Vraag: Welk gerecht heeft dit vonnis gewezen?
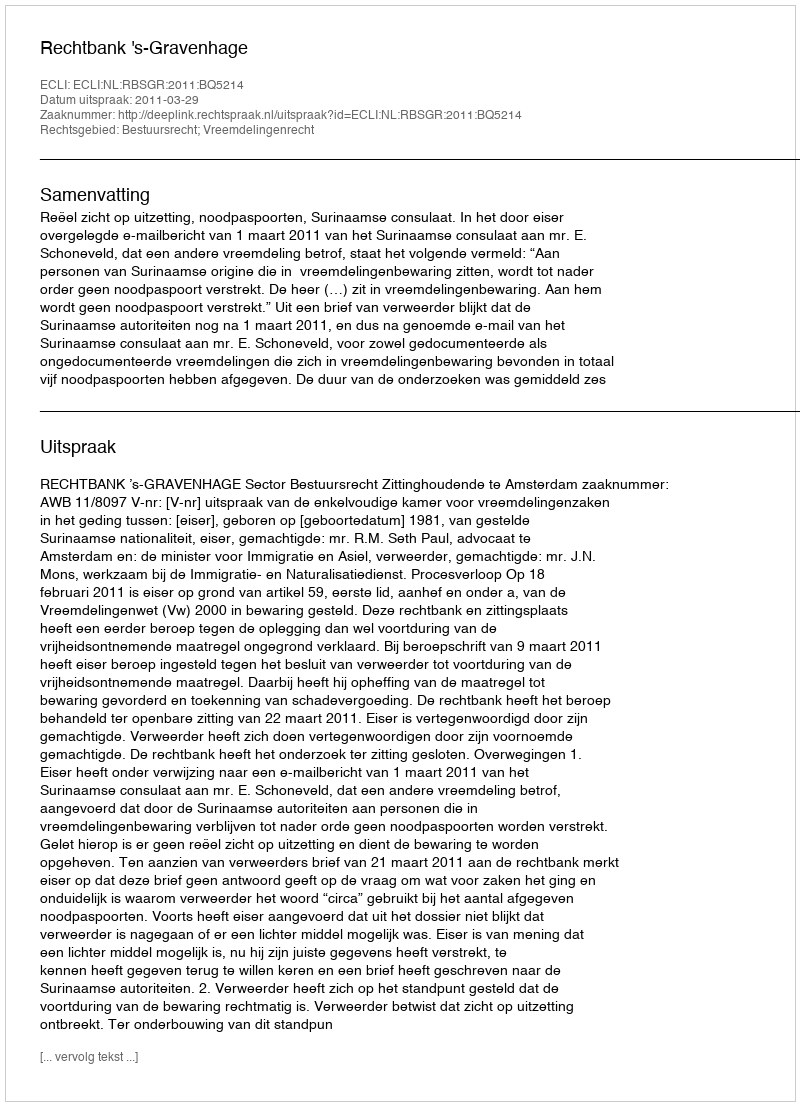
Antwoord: Rechtbank 's-Gravenhage